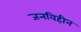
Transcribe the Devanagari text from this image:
जनविहीन